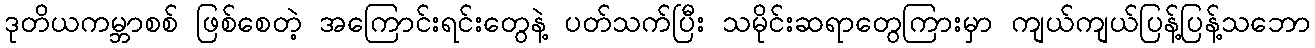
ဒုတိယကမ္ဘာစစ် ဖြစ်စေတဲ့ အကြောင်းရင်းတွေနဲ့ ပတ်သက်ပြီး သမိုင်းဆရာတွေကြားမှာ ကျယ်ကျယ်ပြန့်ပြန့်သဘော